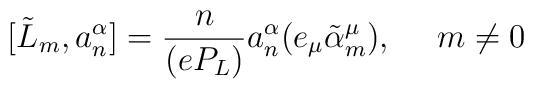
[\tilde{L}_{m},a^{\alpha}_{n}] =      \frac{n}{(eP_{L})} a^{\alpha}_{n}      (e_{\mu}\tilde{\alpha}^{\mu}_{m}),~~~~ m\neq 0